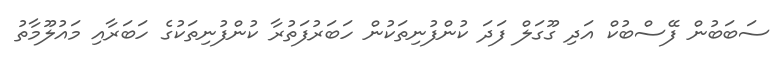
ސަބަބުން ފޭސްބުކް އަދި ގޫގަލް ފަދަ ކުންފުނިތަކުން ހަބަރުފަތުރާ ކުންފުނިތަކުގެ ހަބަރާއި މައުލޫމާތު